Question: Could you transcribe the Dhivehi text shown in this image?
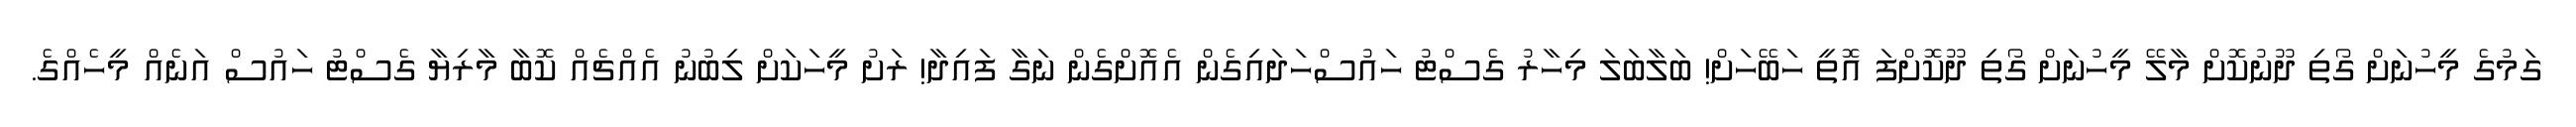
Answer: ގަމުގެ މީހުނަށް ގޯތި ދޫނުކޮށް މާލޭ މީހުނަށް ގޯތި ދޫކޮށްފަ އޮތީ ހަބޭހަށް! ބަލާބަލަ މިހާރު ގެސްޓު ހައުސްހަދައިގެން އެއޮށްގެން ނަގާ ފައިދާ! ރަށު މީހަކަށް ލިބުނު އެއްޗެއް ކޮބާ މާރިޔާ ގެސްޓު ހައުސް އަނެއް މީހެއްގެ.